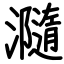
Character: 瀡